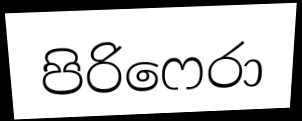
පිරිෆෙරා